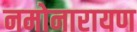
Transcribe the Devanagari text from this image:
नमोनारायण